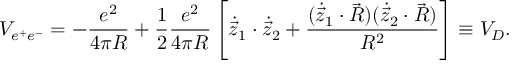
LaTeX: V _ { e ^ { + } e ^ { - } } = - { \frac { e ^ { 2 } } { 4 \pi R } } + { \frac { 1 } { 2 } } { \frac { e ^ { 2 } } { 4 \pi R } } \left[ { \dot { \vec { z } } } _ { 1 } \cdot { \dot { \vec { z } } } _ { 2 } + { \frac { ( { \dot { \vec { z } } } _ { 1 } \cdot \vec { R } ) ( { \dot { \vec { z } } } _ { 2 } \cdot \vec { R } ) } { R ^ { 2 } } } \right] \equiv V _ { D } .